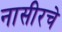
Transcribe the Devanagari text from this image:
नासीरचे